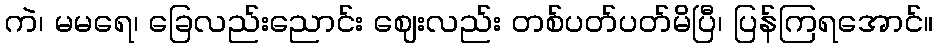
ကဲ၊ မမရေ၊ ခြေလည်းညောင်း ဈေးလည်း တစ်ပတ်ပတ်မိပြီ၊ ပြန်ကြရအောင်။